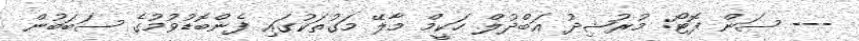
--- ސަން ފޮޓޯ: މުރުޝިދު އަބްދުލް ހަކީމް މާލޭ މަގުތަކުގައި ފެންބޮޑުވުމުގެ ސަބަބުން